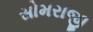
સોમરાજી